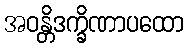
အဝန္တိဒက္ခိဏာပထော